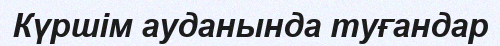
Күршім ауданында туғандар